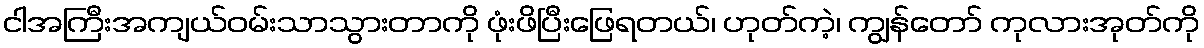
ငါအကြီးအကျယ်ဝမ်းသာသွားတာကို ဖုံးဖိပြီးဖြေရတယ်၊ ဟုတ်ကဲ့၊ ကျွန်တော် ကုလားအုတ်ကို